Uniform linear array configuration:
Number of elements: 12
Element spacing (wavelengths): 0.25
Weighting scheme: hamming
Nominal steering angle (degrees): -30
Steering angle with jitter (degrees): -30.786
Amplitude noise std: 0.05
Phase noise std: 0.05

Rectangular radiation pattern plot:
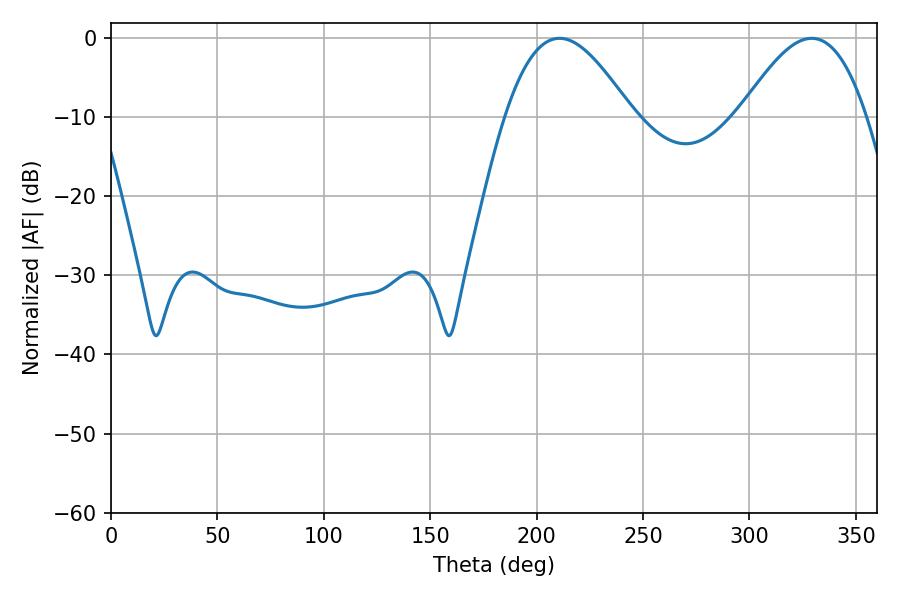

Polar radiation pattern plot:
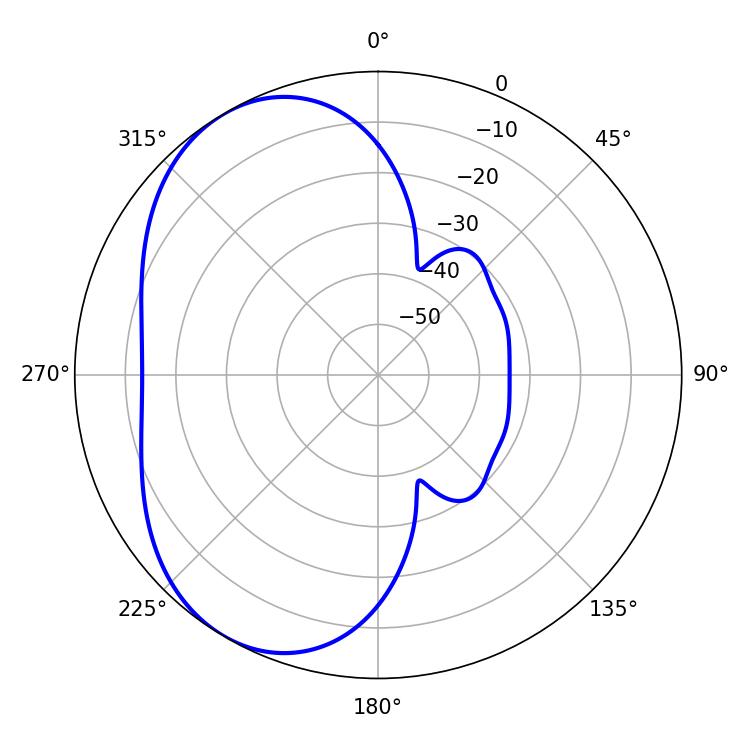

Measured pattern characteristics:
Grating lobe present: FALSE
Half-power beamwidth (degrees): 32.22
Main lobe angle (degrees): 210.78